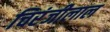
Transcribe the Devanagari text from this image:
चिरंजीलाल